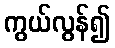
ကွယ်လွန်၍